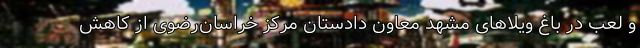
و لعب در باغ ویلاهای مشهد معاون دادستان مرکز خراسان‌رضوی از کاهش